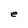
Character: e